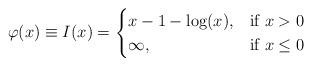
LaTeX: \begin{align*}\varphi(x) \equiv I(x) =\begin{cases} x-1 - \log(x), & \mbox{if } x>0 \\ \infty, & \mbox{if } x \le 0\end{cases}\end{align*}